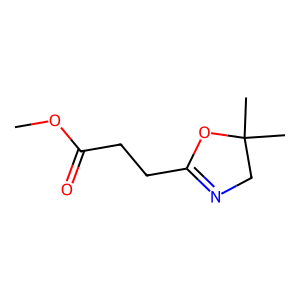
SMILES: COC(=O)CCC1=NCC(C)(C)O1
Inhibits HIV replication: No